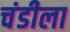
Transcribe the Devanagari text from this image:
चंडीला